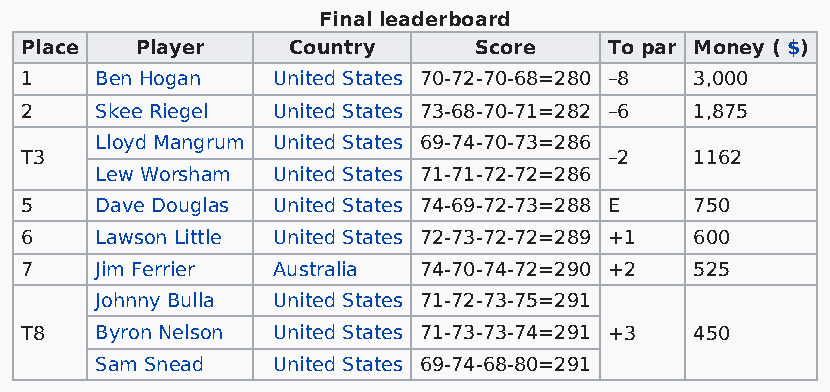
Final leaderboard
 Place   Player    Country     Score    To par Money ( $)
 1    Ben Hogan   United States 70-72-70-68=280 –8 3,000
 2    Skee Riegel United States 73-68-70-71=282 –6 1,875
 Lloyd Mangrum United States 69-74-70-73=286
 T3                                     –2    1162
 Lew Worsham United States 71-71-72-72=286
 5    Dave Douglas United States 74-69-72-73=288 E 750
 6    Lawson Little United States 72-73-72-72=289 +1 600
 7    Jim Ferrier Australia 74-70-74-72=290 +2 525
 Johnny Bulla United States 71-72-73-75=291
 T8   Byron Nelson United States 71-73-73-74=291 +3 450
 Sam Snead   United States 69-74-68-80=291